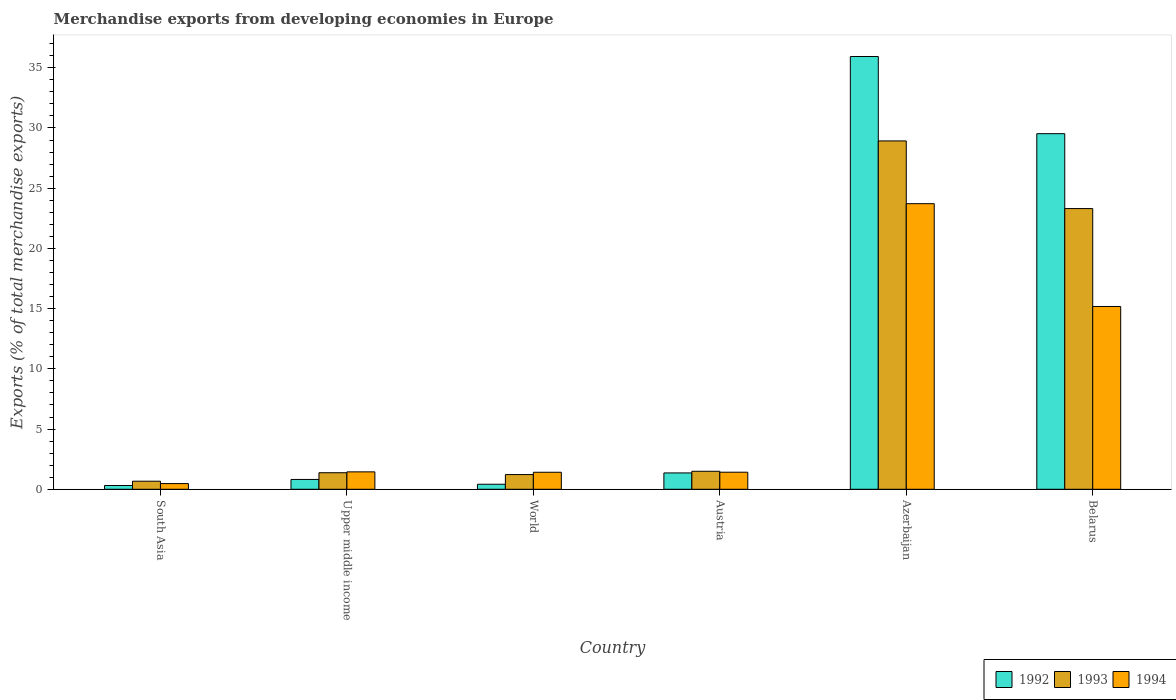
| Country | 1992 | 1993 | 1994 |
 | --- | --- | --- | --- |
 | South Asia | 0.313 | 0.67 | 0.472 |
 | Upper middle income | 0.816 | 1.37 | 1.45 |
 | World | 0.418 | 1.22 | 1.41 |
 | Austria | 1.36 | 1.49 | 1.42 |
 | Azerbaijan | 35.9 | 28.9 | 23.7 |
 | Belarus | 29.5 | 23.3 | 15.2 |